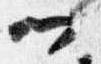
門